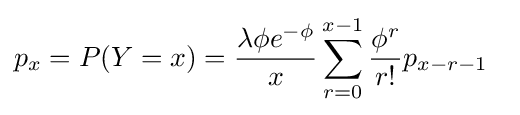
p_{x}=P(Y=x)={\frac {\lambda \phi e^{-\phi }}{x}}\sum _{r=0}^{x-1}{\frac {\phi ^{r}}{r!}}p_{x-r-1}~~